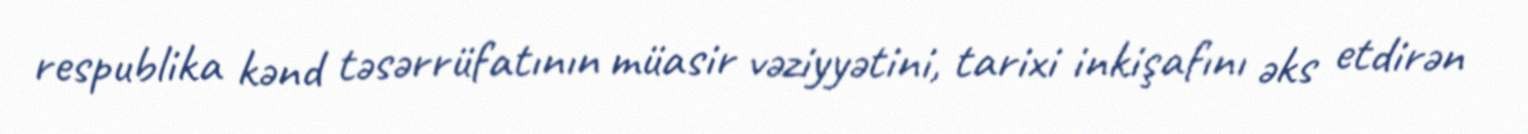
respublika kənd təsərrüfatının müasir vəziyyətini, tarixi inkişafını əks etdirən